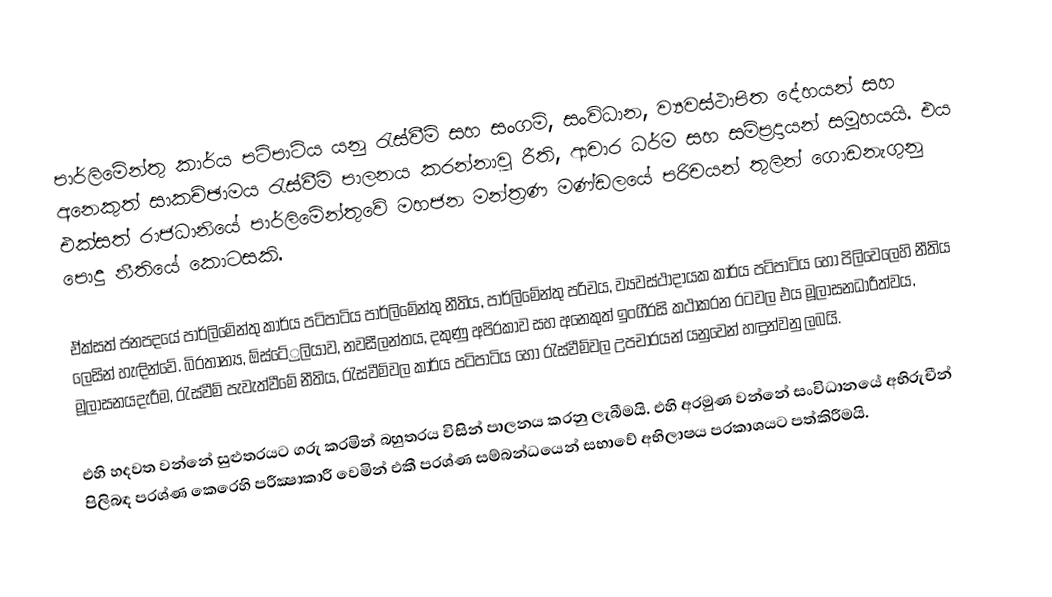
පාර්ලිමේන්තු කාර්ය පටිපාටිය යනු රැස්වීම් සහ සංගම්, සංවිධාන, ව්‍යවස්ථාපිත දේහයන් සහ අනෙකුත් සාකච්ඡාමය රැස්වීම් පාලනය කරන්නාවූ රීති, ආචාර ධර්ම සහ සම්ප‍්‍රදායන් සමූහයයි. එය එක්සත් රාජධානියේ පාර්ලිමේන්තුවේ මහජන මන්ත‍්‍රණ මණ්ඩලයේ පරිචයන් තුලින් ගොඩනැගුනු පොදු නීතියේ කොටසකි.

ඒක්සත් ජනපදයේ පාර්ලිමේන්තු කාර්ය පටිපාටිය පාර්ලිමේන්තු නීතිය, පාර්ලිමේන්තු පරිචය, ව්‍යවස්ථාදායක කාර්ය පටිපාටිය හෝ පිලිවෙලෙහි නීතිය ලෙසින් හැඳින්වේ. බි‍්‍රතාන්‍ය,  ඕස්ටේ‍්‍රලියාව, නවසීලන්තය, දකුණු අපි‍්‍රකාව සහ අනෙකුත් ඉංගී‍්‍රසි කථාකරන රටවල එය මූලාසනධාරීත්වය, මූලාසනයදැරීම, රැස්වීම් පැවැත්වීමේ නීතිය, රැස්වීම්වල කාර්ය පටිපාටිය හෝ රැස්වීම්වල උපචාරයන් යනුවෙන් හඳුන්වනු ලබයි.

එහි හදවත වන්නේ සුළුතරයට ගරු කරමින් බහුතරය විසින් පාලනය කරනු ලැබීමයි. එහි අරමුණ වන්නේ සංවිධානයේ අභිරුචීන් පිලිබඳ ප‍්‍රශ්ණ කෙරෙහි පරීක්‍ෂාකාරී වෙමින් එකී ප‍්‍රශ්ණ සම්බන්ධයෙන් සභාවේ අභිලාෂය ප‍්‍රකාශයට පත්කිරීමයි.